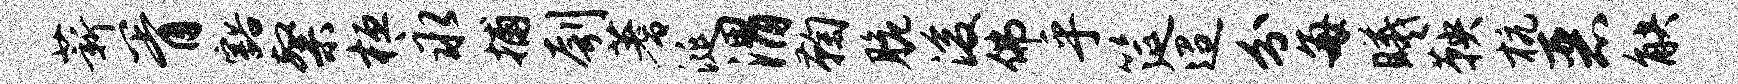
薪胥豁粲桓永捕刳蓍涎渭鞠脆浚佛乎筵迢分每曦鞅杭恶觖